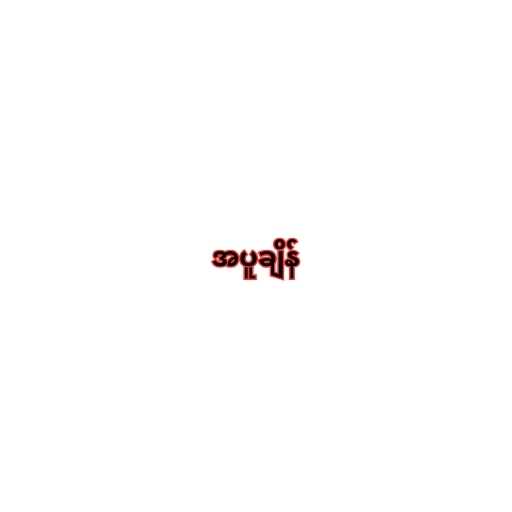
အပူချိန်